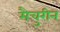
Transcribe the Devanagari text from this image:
मैचुरीन